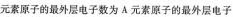
元素原子的最外层电子数为A元素原子的最外层电子